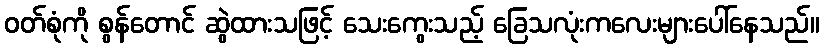
ဝတ်စုံကို စွန်တောင် ဆွဲထားသဖြင့် သေးကွေးသည့် ခြေသလုံးကလေးများပေါ်နေသည်။